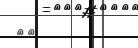
٢٧